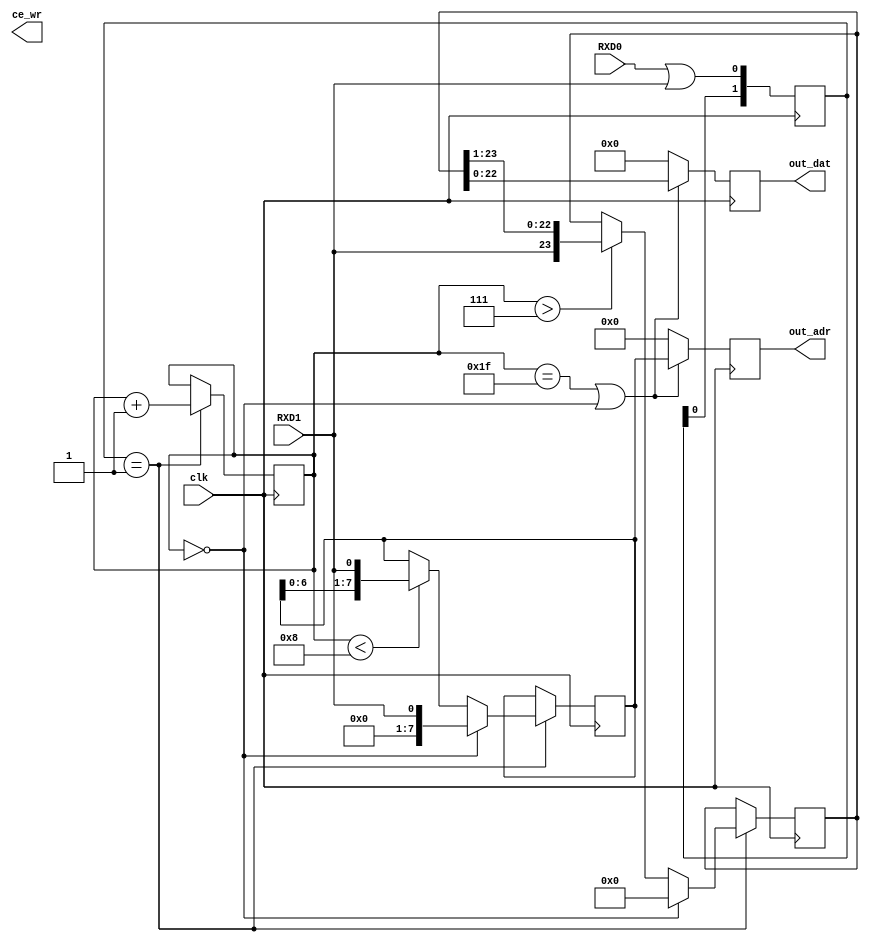
`timescale 1ns / 1ps
//////////////////////////////////////////////////////////////////////////////////
// Company: 
// Engineer: 
// 
// Design Name: 
// Module Name:    AR_RXD 
// Project Name: 
// Target Devices: 
// Tool versions: 
// Description: 
//
// Dependencies: 
//
// Revision: 
// Revision 0.01 - File Created
// Additional Comments: 
//
//////////////////////////////////////////////////////////////////////////////////
module AR_RXD(
	input wire clk,
	input wire RXD0,
	input wire RXD1,
	output reg [7:0] out_adr = 0,
	output reg [22:0] out_dat = 0,
	output wire ce_wr
	);
	
	wire QM = RXD0 | RXD1;
	reg [1:0] QM_front = 0; //   QM
	reg [4:0] bit_count = 0; //  
	reg [7:0] adr = 0; //   
	reg [23:0] dat = 0; //        
	wire to_recv_adr = bit_count < 8; //   
	wire to_recv_dat = bit_count > 7; //   
	
	reg error = 0;
	reg end_recv = 0;
	
	always @(posedge clk) begin
		QM_front 	<= {QM_front[0], QM};
		bit_count 	<= (QM_front == 2'b01) 	? bit_count + 1 : bit_count;
		end_recv 	<= (QM_front == 2'b01) 	? ((bit_count == 31 | bit_count == 0) ? 1 : 0 ) : end_recv;
		adr 			<= (QM_front == 2'b01) 	? (bit_count == 0 ? {7'b0000000, RXD1} : (to_recv_adr ? {adr[6:0], RXD1}  : adr)) : adr;
		dat 			<= (QM_front == 2'b01) 	? (bit_count == 0 ? 0 : (to_recv_dat ? {RXD1, dat[23:1]} : dat)) : dat;
		error			<= (bit_count == 31 | bit_count == 0)   	? !((^adr) ^ (^dat)) : 0;
		out_adr		<= (bit_count == 31 | bit_count == 0)		? adr : 0;
		out_dat		<= (bit_count == 31 | bit_count == 0)		? dat[22:0] : 0; 
	end


endmodule